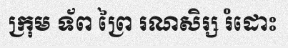
ក្រុម ទ័ព ព្រៃ រណសិរ្ស រំដោះ